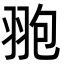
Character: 䎂